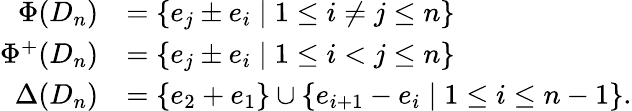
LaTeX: \begin{array}{rl}{\Phi(D_{n})}&{=\{ e_{j}\pm e_{i}\mid 1\leq i\neq j\leq n\} }\\ {\Phi^{+}(D_{n})}&{=\{ e_{j}\pm e_{i}\mid 1\leq i<j\leq n\} }\\ {\Delta(D_{n})}&{=\{ e_{2}+e_{1}\} \cup\{ e_{i+1}-e_{i}\mid 1\leq i\leq n-1\} .}\end{array}